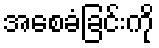
အစေခံခြင်းကို